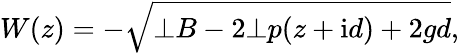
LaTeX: W(z)=-\sqrt{\bot{B}-2\bot{p}(z+\mathrm{i}d)+2gd},